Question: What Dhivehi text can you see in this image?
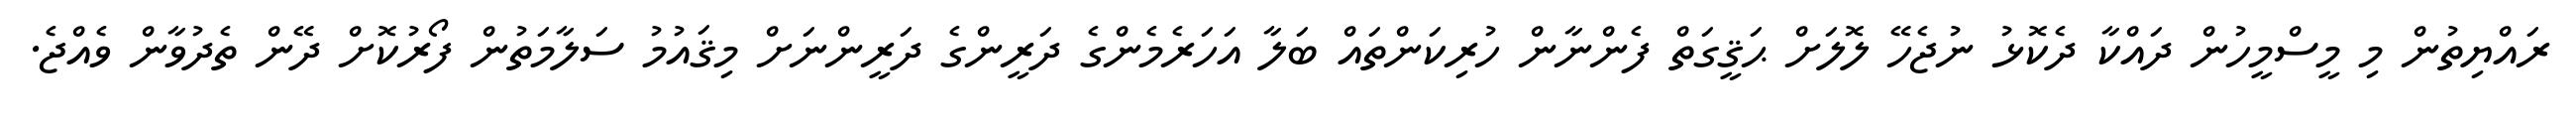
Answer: ރައްޔިތުން މި މީސްމީހުން ދައްކާ ދެކޮޅު ނުޖެހޭ ލޮލަށް ޙަޤީގަތް ފެންނާން ހުރިކަންތައް ބަލާ އަހަރެމެންގެ ދަރީންގެ ދަރީންނަށް މިޤައުމު ސަލާމަތުން ފޯރުކޮށް ދޭން ތެދުވާން ވެއްޖެ.